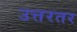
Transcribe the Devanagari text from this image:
उत्तरतर